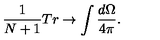
\frac { 1 } { N + 1 } T r \rightarrow \int \frac { d \Omega } { 4 \pi } .